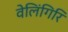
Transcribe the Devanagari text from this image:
वेलिंगिरि